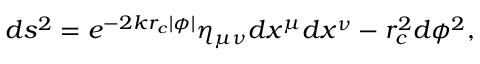
d s ^ { 2 } = e ^ { - 2 k r _ { c } | \phi | } \eta _ { \mu \nu } d x ^ { \mu } d x ^ { \nu } - r _ { c } ^ { 2 } d \phi ^ { 2 } ,